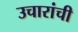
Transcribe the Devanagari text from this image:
उचारांची